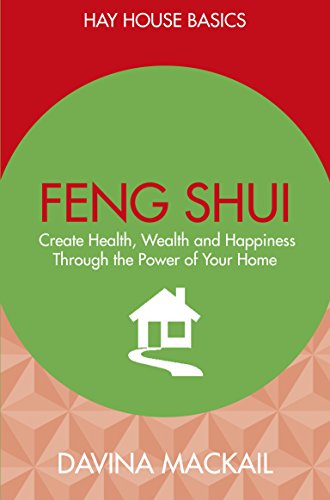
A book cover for Feng Shui: Create Health, Wealth and Happiness Through the Power of Your Home (Hay House Basics); Davina Mackail; Religion & Spirituality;